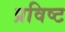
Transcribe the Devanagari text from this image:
प्रविष्‍ट